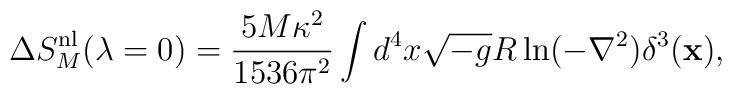
\Delta S_M^{{\rm nl}} (\lambda=0) = \frac{5 M \kappa^2}{1536 \pi^2} \int d^4x \sqrt{-g} R \ln(-\nabla^2) \delta^3({\bf x}) ,